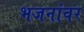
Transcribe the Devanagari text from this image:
भजनांवर